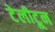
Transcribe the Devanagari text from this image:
टेलीटून